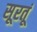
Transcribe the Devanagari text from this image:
सूरतूं